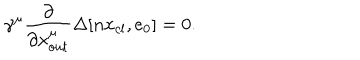
LaTeX: \gamma ^ { \mu } \frac { \partial } { \partial { x } _ { o u t } ^ { \mu } } \Delta [ n x _ { c l } , e _ { 0 } ] = 0 .